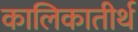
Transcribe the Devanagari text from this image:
कालिकातीर्थ